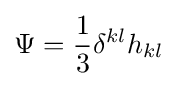
\Psi ={\frac {1}{3}}\delta ^{kl}h_{kl}